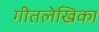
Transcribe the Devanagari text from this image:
गीतलेखिका